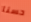
حسنا